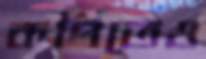
কপিতেও